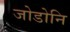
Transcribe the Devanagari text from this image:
जोडोनि